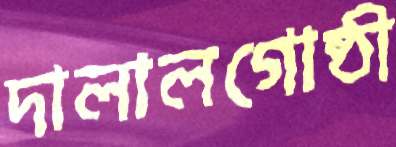
দালালগোষ্ঠী